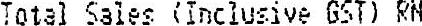
TOTAL SALES (INCLUSIVE GST) RM